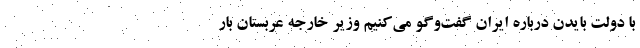
با دولت بایدن درباره ایران گفت‌وگو می‌کنیم وزیر خارجه عربستان بار